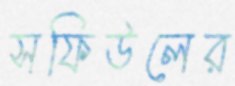
সফিউলের